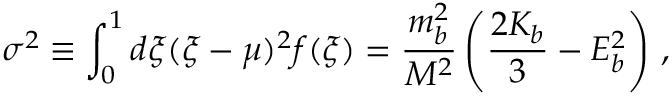
\sigma ^ { 2 } \equiv \int _ { 0 } ^ { 1 } d \xi ( \xi - \mu ) ^ { 2 } f ( \xi ) = \frac { m _ { b } ^ { 2 } } { M ^ { 2 } } \left( \frac { 2 K _ { b } } { 3 } - E _ { b } ^ { 2 } \right) \, ,